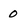
Character: o